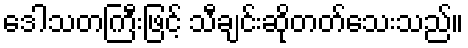
ဒေါသတကြီးဖြင့် သီချင်းဆိုတတ်သေးသည်။